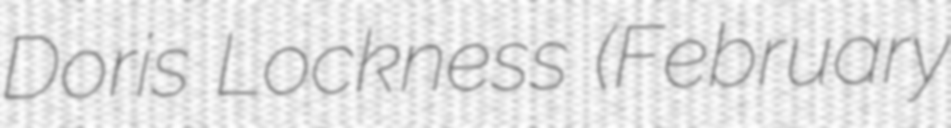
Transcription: Doris Lockness (February